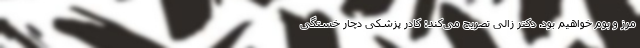
مرز و بوم خواهیم بود. دکتر زالی تصریح می‌کند: کادر پزشکی دچار خستگی